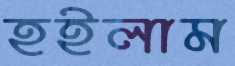
হইলাম